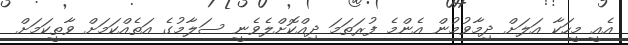
އެއީ މީހަކާ އަލަށް ދިމާވުމުން އެންމެ ފުރަތަމަ ދިއްކޮށްލެވެނީ ސަލާމުގެ އަތެއްކަމަށް ވާތީކަމަށް